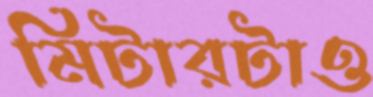
মিটারটাও